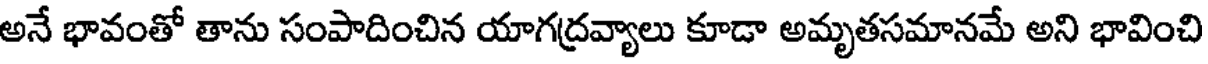
అనే భావంతో తాను సంపాదించిన యాగద్రవ్యాలు కూడా అమృతసమానమే అని భావించి